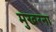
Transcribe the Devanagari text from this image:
मुखरना